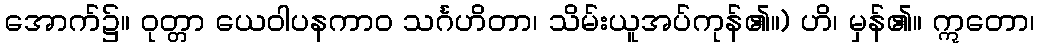
အောက်၌။ ဝုတ္တာ ယေဝါပနကာဝ သင်္ဂဟိတာ၊ သိမ်းယူအပ်ကုန်၏။) ဟိ၊ မှန်၏။ ဣတော၊